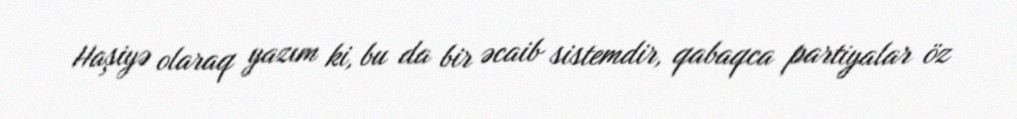
Haşiyə olaraq yazım ki, bu da bir əcaib sistemdir, qabaqca partiyalar öz